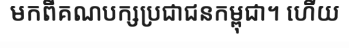
មកពីគណបក្សប្រជាជនកម្ពុជា។ ហើយ